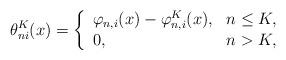
LaTeX: \begin{gather*}\theta_{ni}^K(x) = \left\{\begin{array}{ll}\varphi_{n,i}(x) - \varphi_{n,i}^K(x), & n \le K, \\0, & n > K,\end{array}\right.\end{gather*}